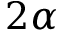
2 \alpha